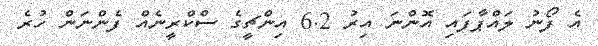
އެ ފޯނު ލައްޕާފައި އޮންނަ އިރު 6.2 އިންޗީގެ ސްކްރީނެއް ފެންނަން ހުރެ